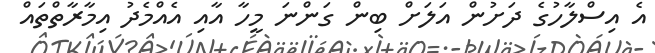
އެ އިސްލާހުގެ ދަށުން އަލަށް ބިން ގަންނަ މީހާ އާއި އެއްމެދު އިމާރާތްތައް